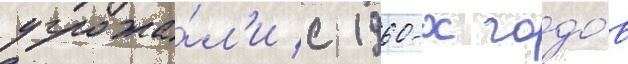
угрожа́л'и с 1960-х годо́в